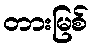
တားမြစ်